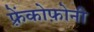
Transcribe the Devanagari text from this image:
फ़्रेंकोफ़ोनी